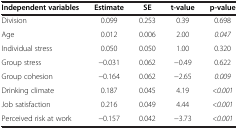
<table><thead><tr><td><b>Independent variables</b></td><td><b>Estimate</b></td><td><b>SE</b></td><td><b>t-value</b></td><td><b>p-value</b></td></tr></thead><tbody><tr><td>Division</td><td>0.099</td><td>0.253</td><td>0.39</td><td>0.698</td></tr><tr><td>Age</td><td>0.012</td><td>0.006</td><td>2.00</td><td><i>0.047</i></td></tr><tr><td>Individual stress</td><td>0.050</td><td>0.050</td><td>1.00</td><td>0.320</td></tr><tr><td>Group stress</td><td>−0.031</td><td>0.062</td><td>−0.49</td><td>0.622</td></tr><tr><td>Group cohesion</td><td>−0.164</td><td>0.062</td><td>−2.65</td><td><i>0.009</i></td></tr><tr><td>Drinking climate</td><td>0.187</td><td>0.045</td><td>4.19</td><td><i>&lt;0.001</i></td></tr><tr><td>Job satisfaction</td><td>0.216</td><td>0.049</td><td>4.44</td><td><i>&lt;0.001</i></td></tr><tr><td>Perceived risk at work</td><td>−0.157</td><td>0.042</td><td>−3.73</td><td><i>&lt;0.001</i></td></tr></tbody></table>